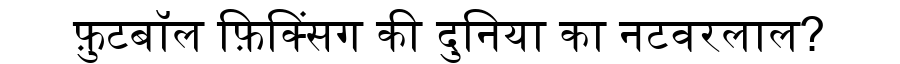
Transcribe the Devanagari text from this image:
फ़ुटबॉल फ़िक्सिंग की दुनिया का नटवरलाल?